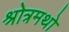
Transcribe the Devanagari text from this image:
श्रोत्रमथो